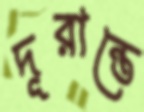
দূরান্তে